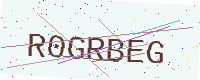
Text: R0GRBEG